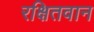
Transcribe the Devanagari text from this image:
रक्षितवान